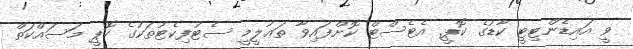
ވީ އައިޑެންޓިޓީ ކާޑުގެ ކޮޕީ